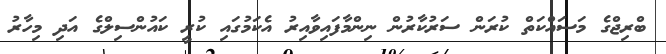
ބްރިޖްގެ މަސައްކަތް ކުރަން ސަރުކާރުން ނިންމާފައިވާއިރު އެކަމުގައި ކުރީ ކައުންސިލްގެ އަދި މިހާރު